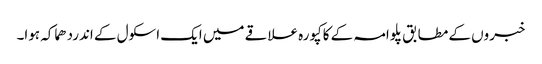
خبروں کے مطابق پلوامہ کے کاکپورہ علاقے میں ایک اسکول کے اندردھماکہ ہوا۔